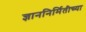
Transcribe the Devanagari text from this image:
ज्ञाननिर्मितीच्या